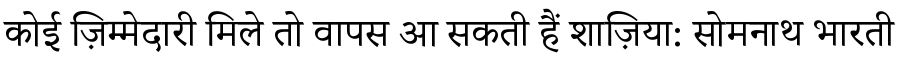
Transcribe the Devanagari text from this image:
कोई ज़िम्मेदारी मिले तो वापस आ सकती हैं शाज़िया: सोमनाथ भारती